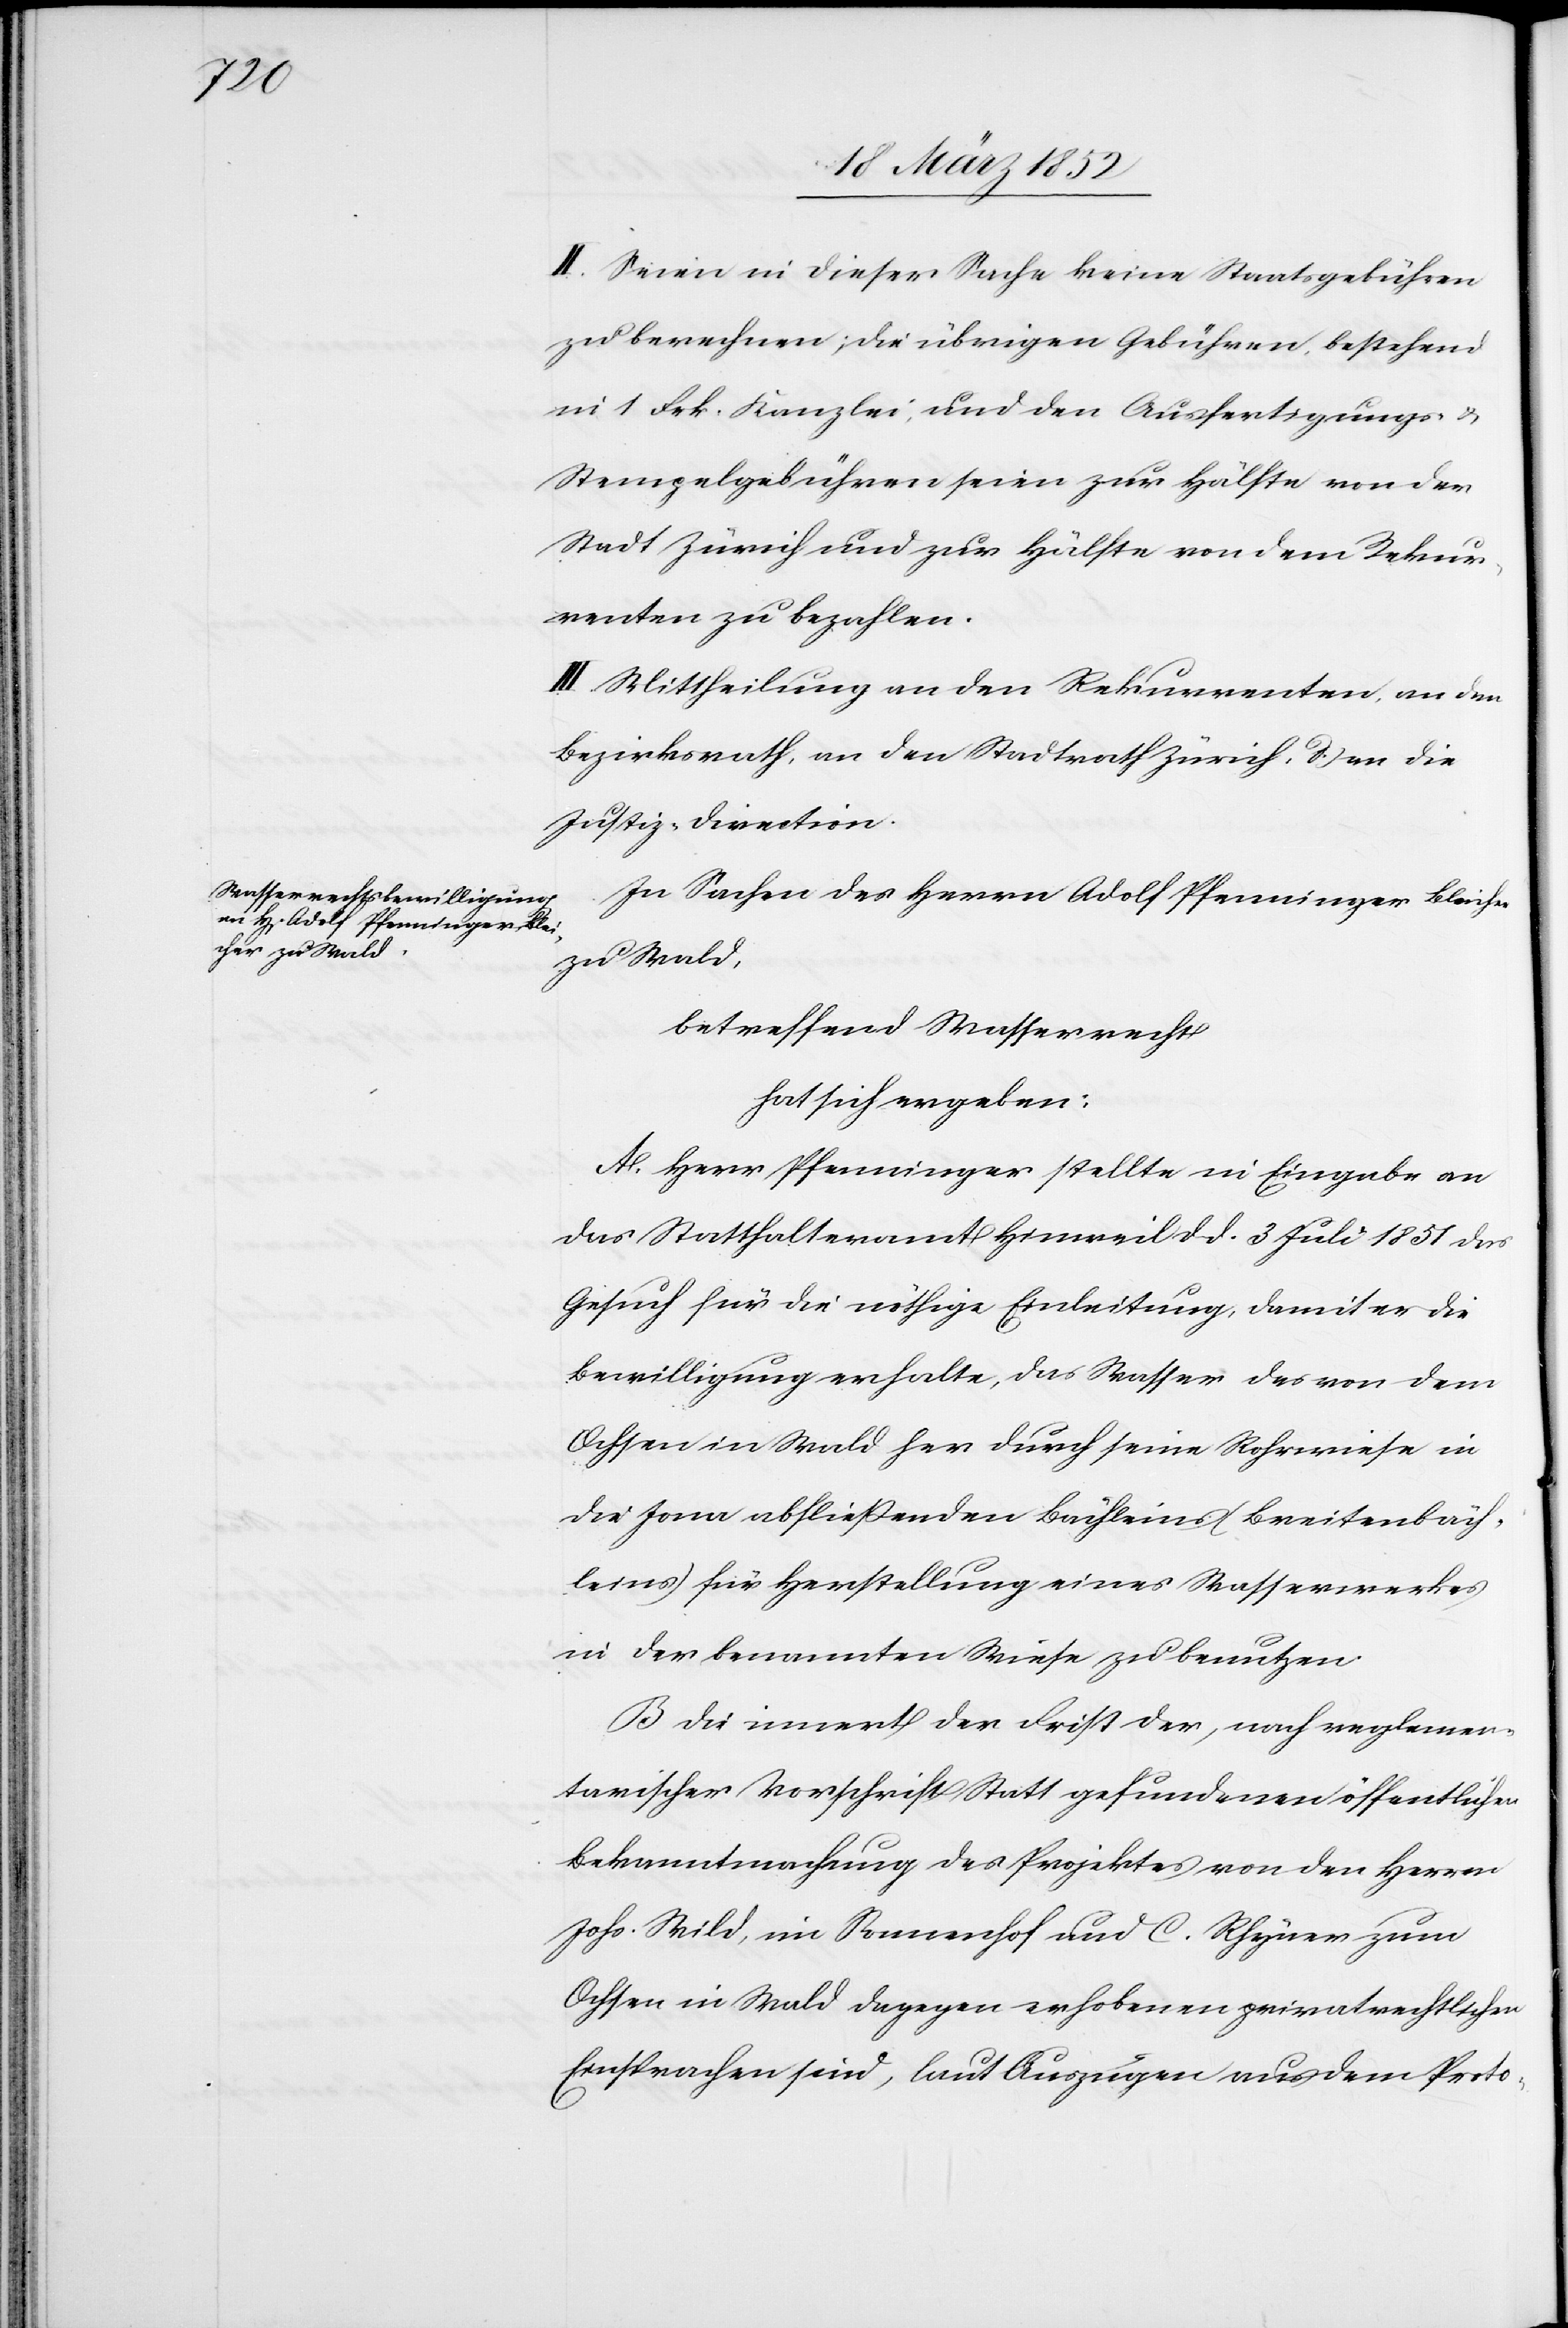
II. Seien in dieser Sache keine Staatsgebühren
zu berechnen, die übrigen Gebühren bestehend
in 1 Frk. Kanzlei- und den Ausfertigungs- u.
Stempelgebühren seien zur Hälfte von der
Stadt Zürich und zur Hälfte von dem Rekur¬
renten zu bezahlen.
III. Mittheilung an den Rekurrenten, an den
Bezirksrath, an den Stadtrath Zürich u. an die
Justiz-Direction.
In Sachen des Herrn Adolf Pfenninger Bleicher
zu Wald,
betreffend Wasserrecht
hat sich ergeben:
A. Herr Pfenninger stellte in Eingabe an
das Statthalteramt Hinweil dd. 3 Juli 1851 das
Gesuch für die nöthige Einleitung, damit er die
Bewilligung erhalte, das Wasser des von dem
Ochsen in Wald her durch seine Rohrwiese in
die Jona abfließenden Bächleins (Breitenbäch¬
leins) für Herstellung eines Wasserwerkes
in der benannten Wiese zu benutzen.
B. Die innert der Frist der, nach reglemen¬
tarischer Vorschrift Statt gefundenen öffentlichen
Bekanntmachung des Projektes von den Herren
Johs. Wild, im Sonnenhof und C. Rhyner zum
Ochsen in Wald dagegen erhobenen privatrechtlichen
Einsprachen sind, laut Auszügen aus dem Proto-